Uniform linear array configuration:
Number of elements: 32
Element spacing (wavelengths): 0.25
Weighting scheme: hamming
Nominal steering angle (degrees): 60
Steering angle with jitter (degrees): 60.725
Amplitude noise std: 0.05
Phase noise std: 0.05

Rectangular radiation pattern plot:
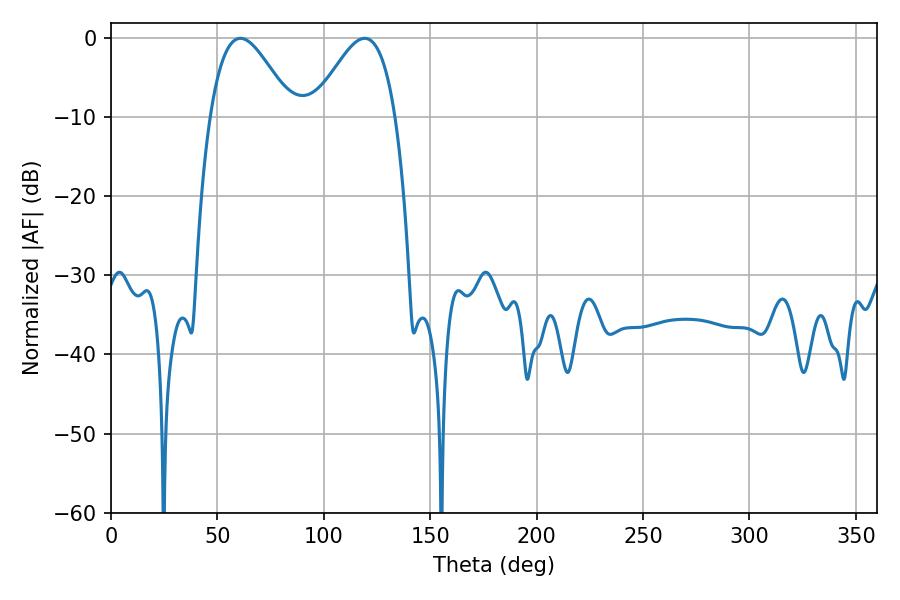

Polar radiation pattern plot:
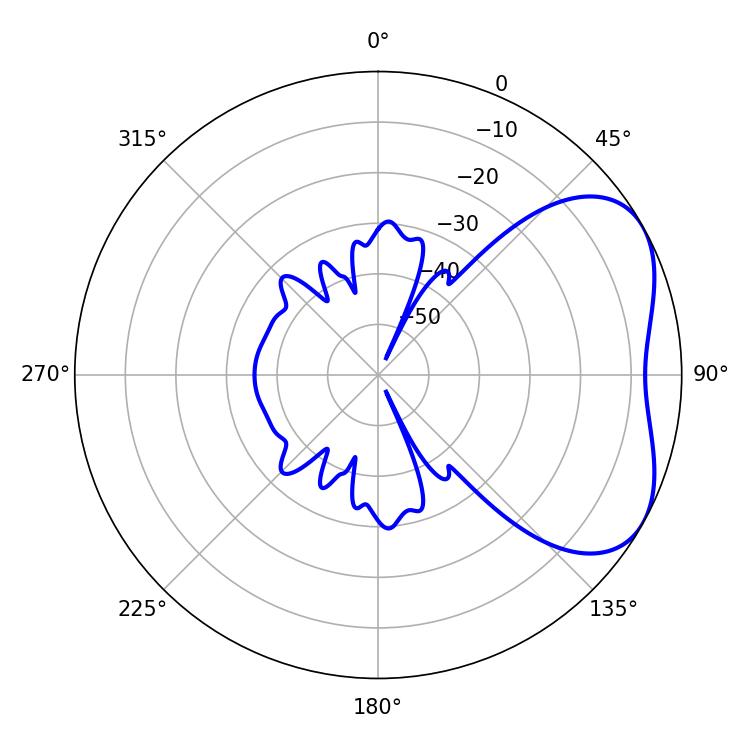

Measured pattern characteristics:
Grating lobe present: FALSE
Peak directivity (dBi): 4.411
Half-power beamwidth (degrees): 20.7
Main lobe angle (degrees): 60.84